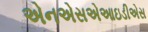
એનએસએઆઇડીએસ